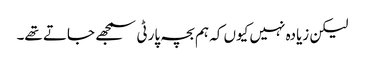
لیکن زیادہ نہیں کیوں کہ ہم بچہ پارٹی سمجھے جاتے تھے۔